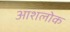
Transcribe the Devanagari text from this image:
आशलोक